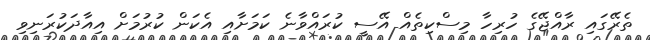
ތެރޭގައި ރާއްޖޭގެ ހުރިހާ މިސްކިތެއް އޭސީ ކުރައްވާނެ ކަމަށާއި އެކަން ކުރުމަށް އިއާދަކުރަނިވި